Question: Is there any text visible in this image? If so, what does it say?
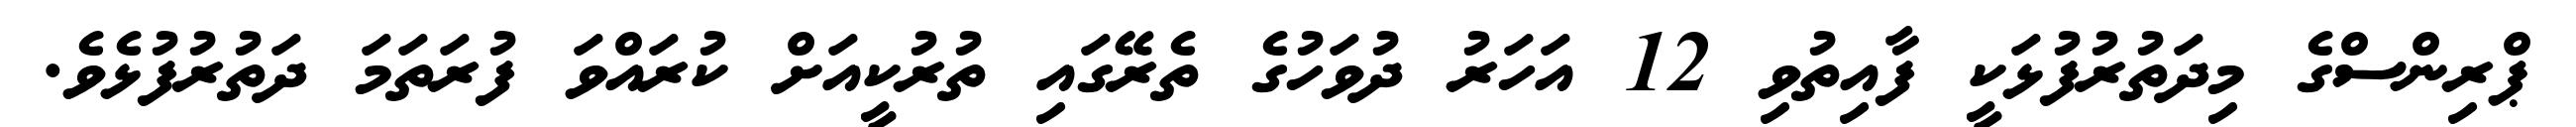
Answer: ޕްރިންސްގެ މިދަތުރުފުޅަކީ ފާއިތުވި 12 އަހަރު ދުވަހުގެ ތެރޭގައި ތުރުކީއަށް ކުރައްވަ ފުރަތަމަ ދަތުރުފުޅެވެ.